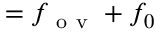
= f _ { \mathrm { ~ o ~ v ~ } } + f _ { 0 }